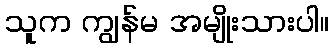
သူက ကျွန်မ အမျိုးသားပါ။